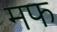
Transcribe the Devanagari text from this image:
मफ